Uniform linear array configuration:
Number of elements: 64
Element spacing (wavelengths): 0.25
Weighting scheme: hamming
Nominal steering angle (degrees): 0
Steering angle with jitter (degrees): -0.4183
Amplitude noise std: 0.05
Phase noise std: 0.05

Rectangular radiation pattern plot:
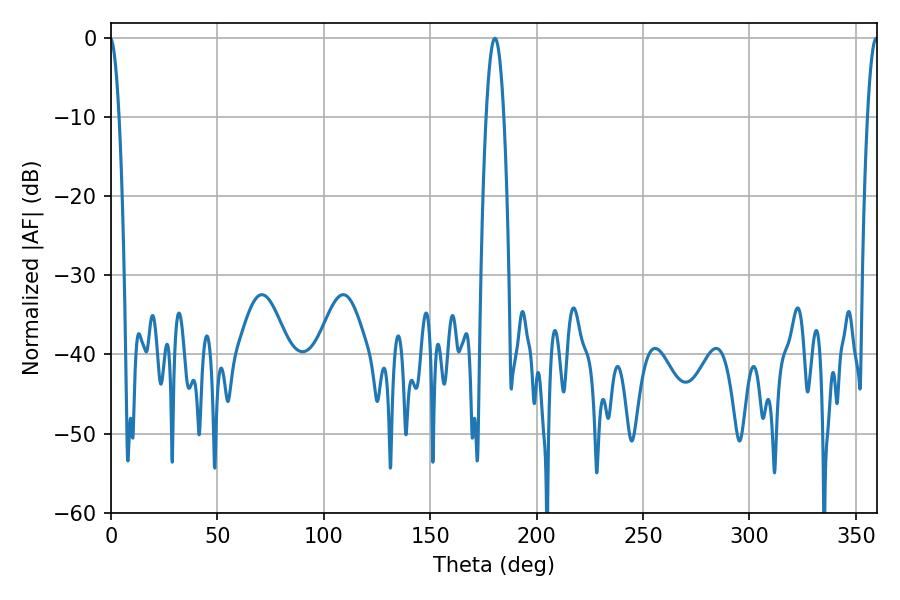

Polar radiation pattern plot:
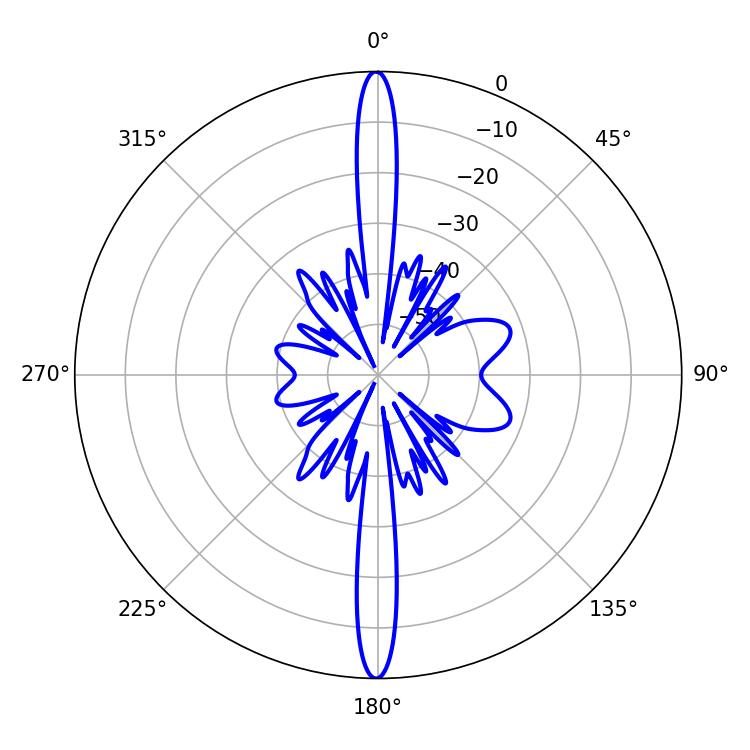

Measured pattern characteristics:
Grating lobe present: FALSE
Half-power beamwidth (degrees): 4.5
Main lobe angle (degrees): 180.36